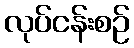
လုပ်ငန်းစဉ်